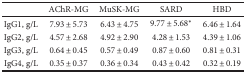
<table><thead><tr><td></td><td><b>AChR-MG</b></td><td><b>MuSK-MG</b></td><td><b>SARD</b></td><td><b>HBD</b></td></tr></thead><tbody><tr><td>IgG1, g/L</td><td>7.93 ± 5.73</td><td>6.43 ± 4.75</td><td>9.77 ± 5.68<sup>∗</sup></td><td>6.46 ± 1.64</td></tr><tr><td>IgG2, g/L</td><td>4.57 ± 2.68</td><td>4.92 ± 2.90</td><td>4.28 ± 1.53</td><td>4.39 ± 1.06</td></tr><tr><td>IgG3, g/L</td><td>0.64 ± 0.45</td><td>0.57 ± 0.49</td><td>0.87 ± 0.60</td><td>0.81 ± 0.31</td></tr><tr><td>IgG4, g/L</td><td>0.35 ± 0.37</td><td>0.36 ± 0.34</td><td>0.43 ± 0.42</td><td>0.32 ± 0.19</td></tr></tbody></table>